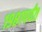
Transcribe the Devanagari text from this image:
१९८१पर्यंत